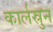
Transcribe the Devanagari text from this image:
कार्लस्रुन